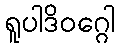
ရူပါဒိဝဂ္ဂေါ